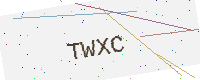
Text: TWXC